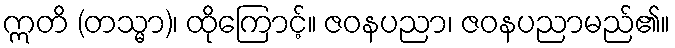
ဣတိ (တသ္မာ)၊ ထိုကြောင့်။ ဇဝနပညာ၊ ဇဝနပညာမည်၏။